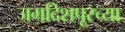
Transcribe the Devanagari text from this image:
जगदिशपूरच्या